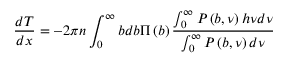
\frac { d T } { d x } = - 2 \pi n \int _ { 0 } ^ { \infty } { b d b } \Pi \left( b \right) \frac { \int _ { 0 } ^ { \infty } { P \left( { b , \nu } \right) h \nu d \nu } } { \int _ { 0 } ^ { \infty } { P \left( { b , \nu } \right) d \nu } }